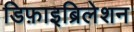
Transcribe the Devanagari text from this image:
डिफ़ाइब्रिलेशन